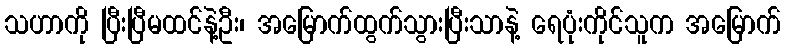
သဟာကို ပြီးပြီမထင်နဲ့ဦး၊ အမြောက်ထွက်သွားပြီးသာနဲ့ ရေပုံးကိုင်သူက အမြောက်